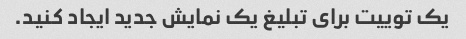
یک توییت برای تبلیغ یک نمایش جدید ایجاد کنید.